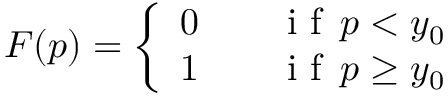
F ( p ) = \left\{ \begin{array} { l l } { 0 \qquad \mathrm { ~ i ~ f ~ } \, p < y _ { 0 } } \\ { 1 \qquad \mathrm { ~ i ~ f ~ } \, p \geq y _ { 0 } } \end{array} \right.